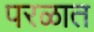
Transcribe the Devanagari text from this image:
परळात